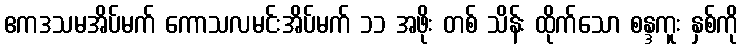
ဧကဒသမအိပ်မက် ကောသလမင်းအိပ်မက် ၁၁ အဖိုး တစ် သိန်း ထိုက်သော စန္ဒကူး နှစ်ကို